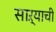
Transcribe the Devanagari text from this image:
साऱ्याची